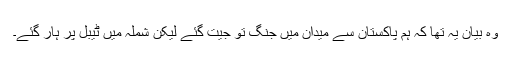
وہ بیان یہ تھا کہ ہم پاکستان سے میدان میں جنگ تو جیت گئے لیکن شملہ میں ٹیبل پر ہار گئے۔